Leningradi_Edasi_toimetus, lk 157
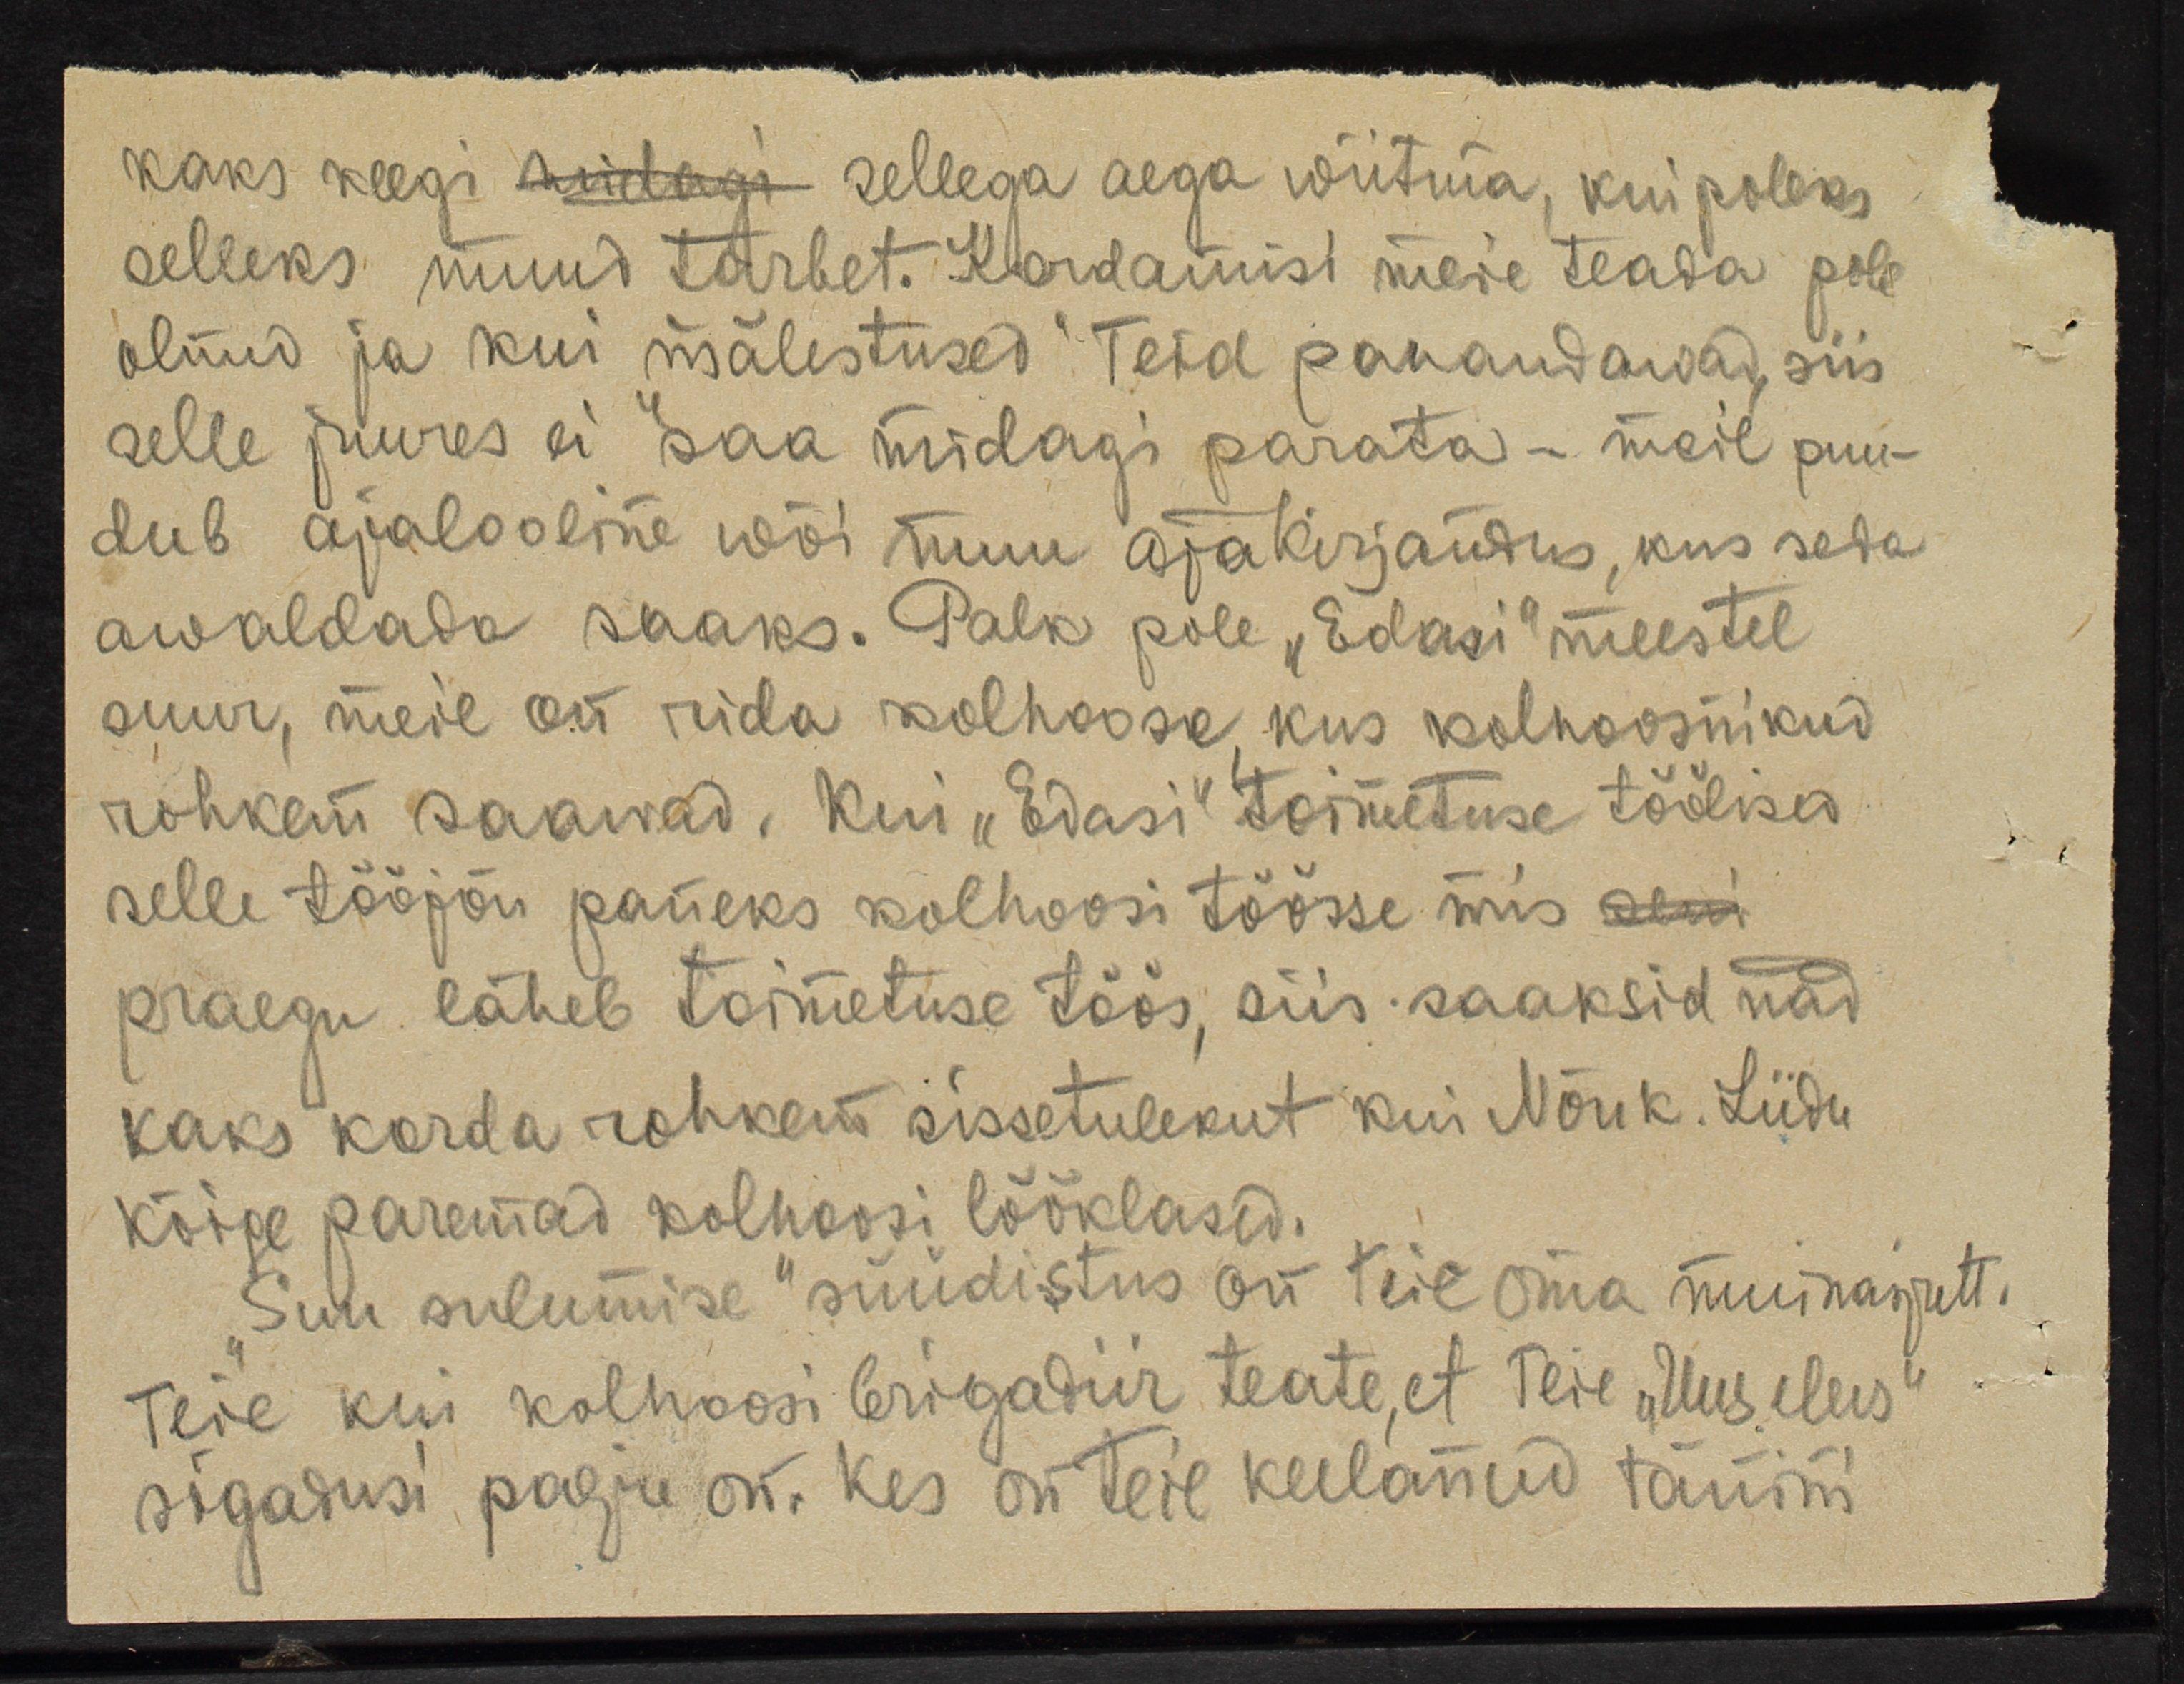
kaks keegi midagi sellega aega wiitma, kui poleks
selleks muud tarbet. Kordamisi meie teada pole
olnud ja kui mälestused Teid pahandawad, siis
selle juures ei saa midagi parata - meil puu-
dub ajalooline wõi muu ajakirjandus, kus seda
awaldada saaks. Palk pole "Edasi" meestel
suur, meil on rida kolhoose, kus kolhoosnikud
rohkem saawad, kui "Edasi" toimetuse töölised
selle tööjõu paneks kolhoosi töösse mis seni
praegu läheb toimetuse töös, siis saaksid nad
kaks korda rohkem sissetulekut kui Nõuk. Liidu
kõige paremad kolhoosi lööklased.
"Suu sulumise" süüdistus on teie oma muinasjutt.
Teie kui kolhoosi brigadiir teate, et Teie "Uus elus"
sigadusi palju on. Kes on Teil keelanud tänini